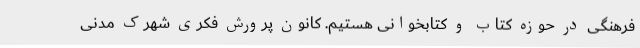
فرهنگی در حوزه کتاب و کتابخوانی هستیم. کانون پرورش فکری شهرک مدنی